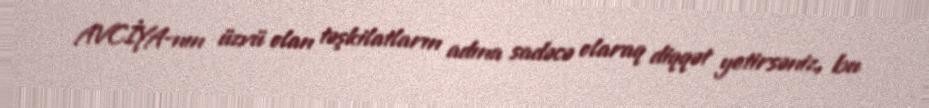
AVCİYA-nın üzvü olan təşkilatların adına sadəcə olaraq diqqət yetirsəniz, bu